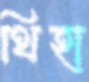
থিহা